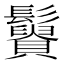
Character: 𩯿